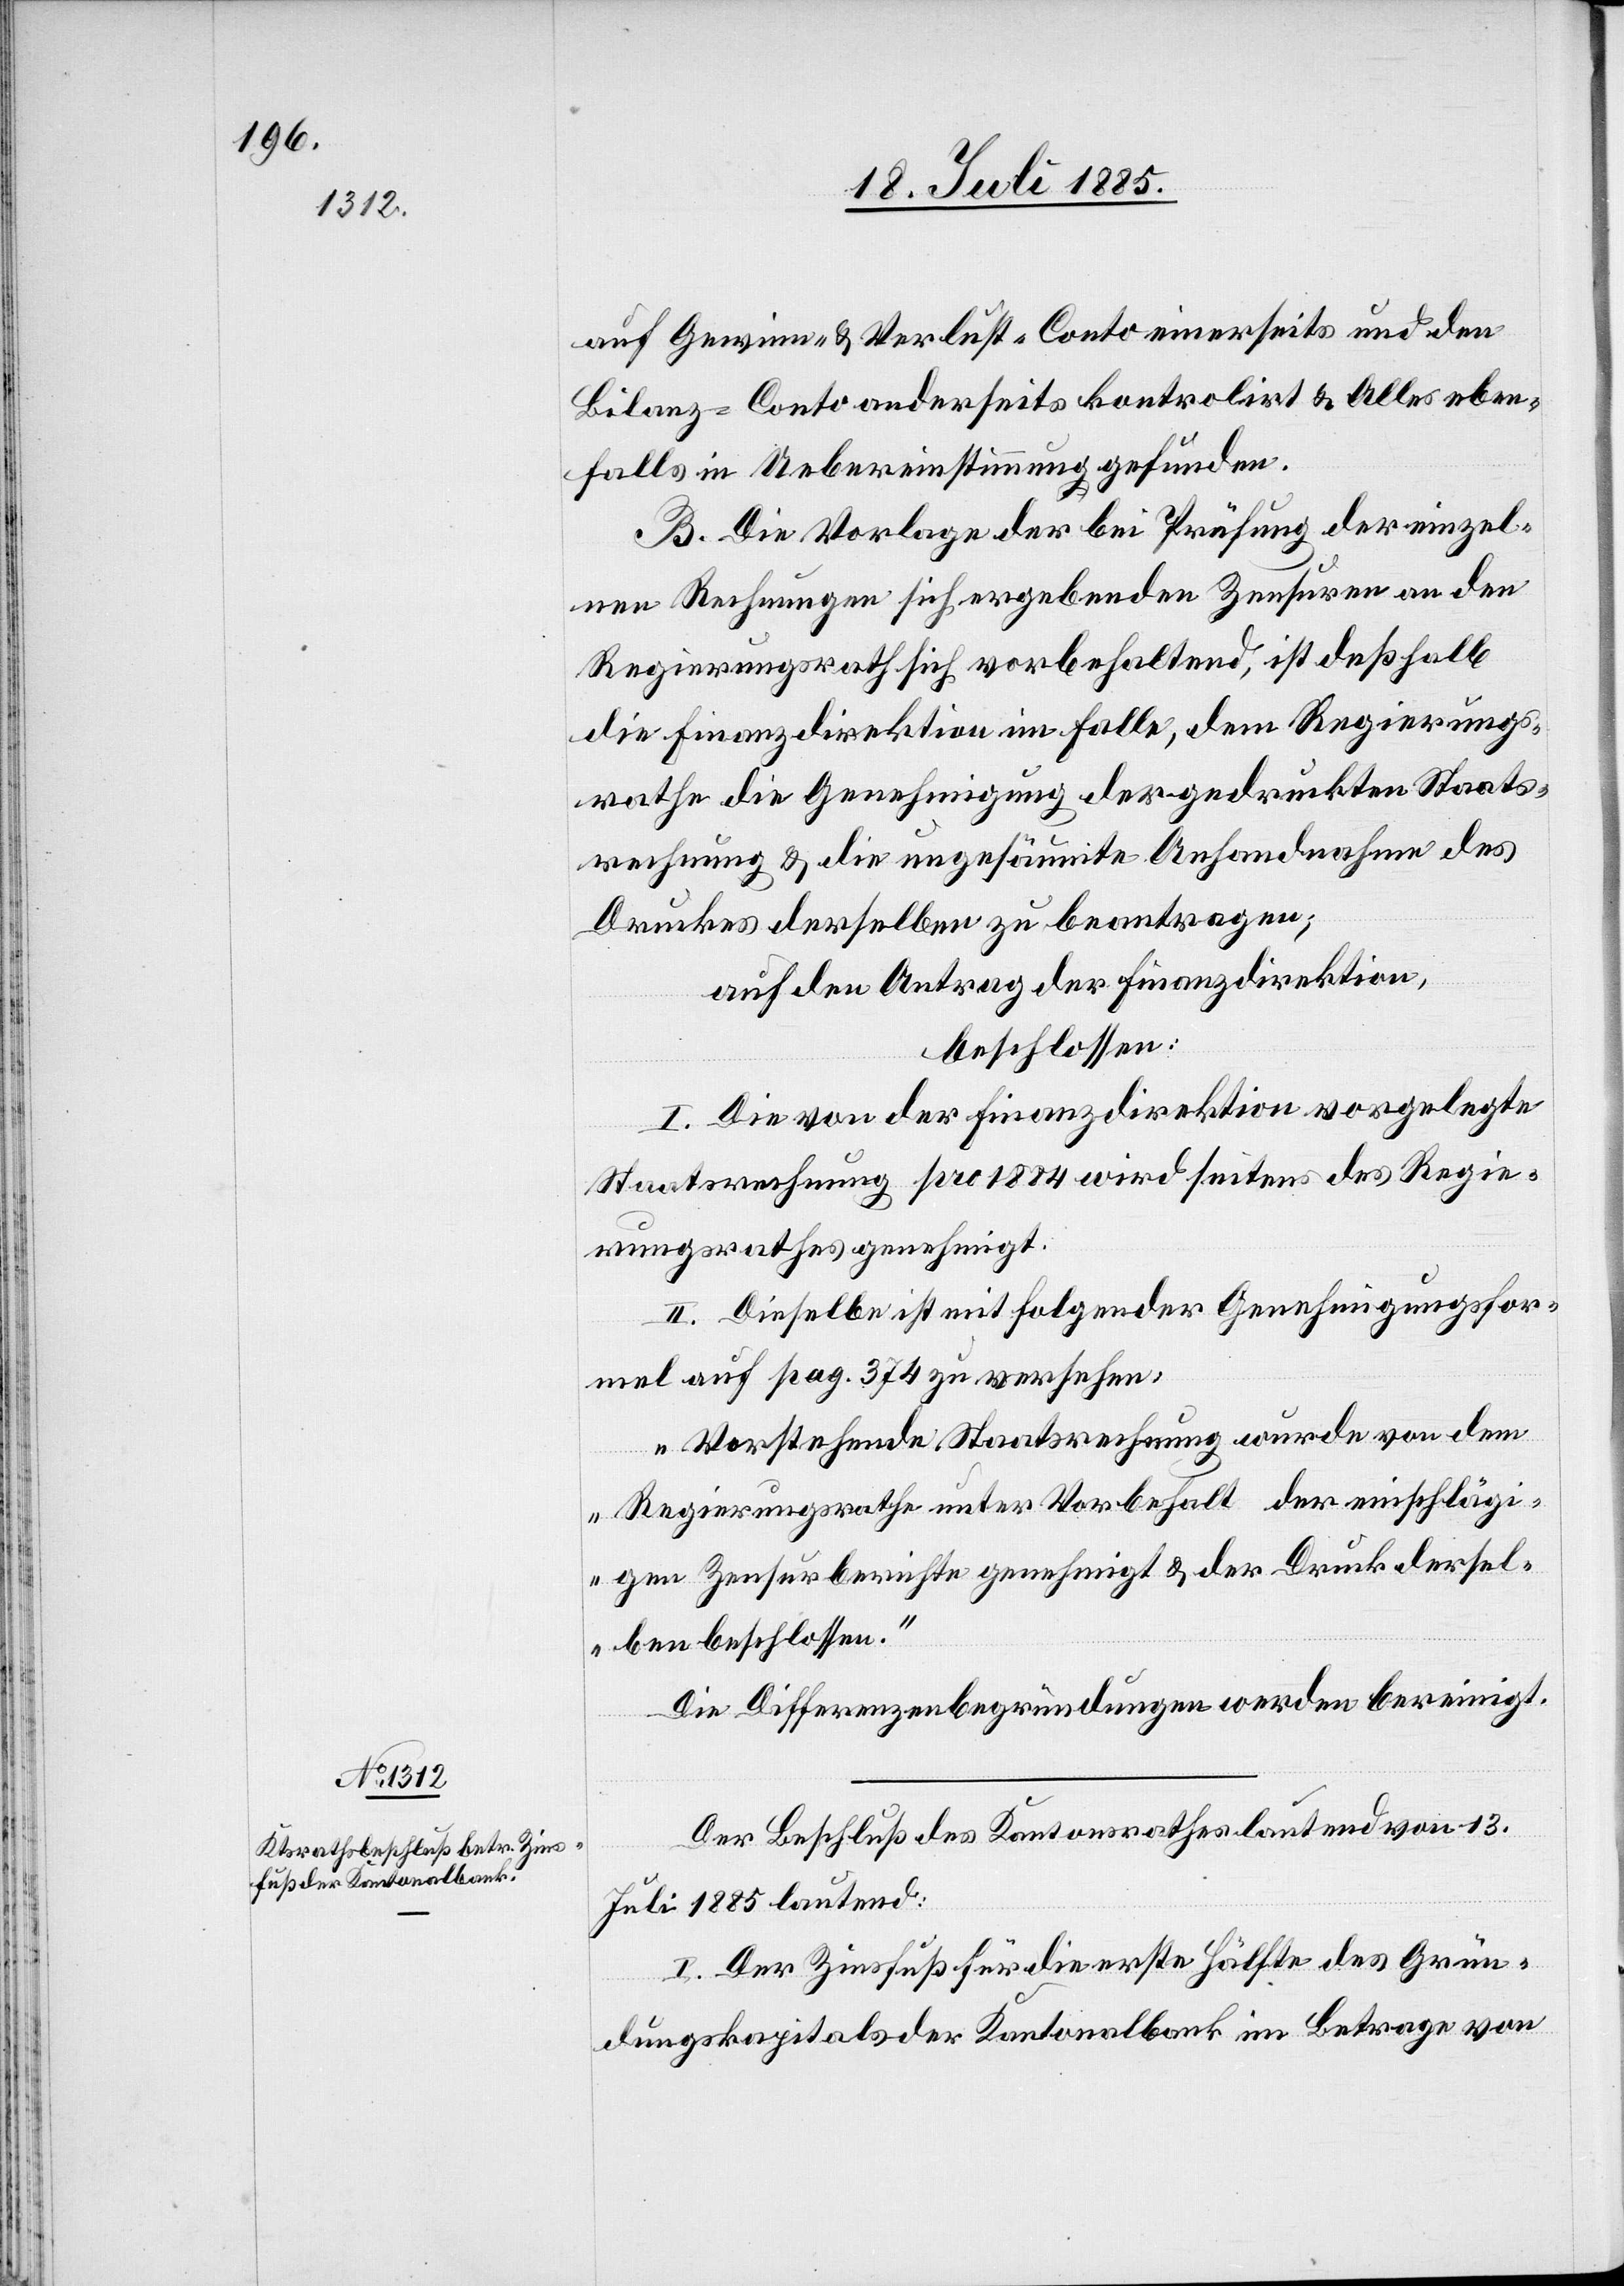
auf Gewinn- & Verlust-Conto einerseits und den
Bilanz-Conto anderseits kontrolirt & Alles eben¬
falls in Uebereinstimmung gefunden.
B. Die Vorlage der bei Prüfung der einzel¬
nen Rechnungen sich ergebenden Zensuren an den
Regierungsrath sich vorbehaltend, ist deßhalb
die Finanzdirektion im Falle, dem Regierungs¬
rathe die Genehmigung der gedruckten Staats¬
rechnung & die ungesäumte Anhandnahme des
Druckes derselben zu beantragen;
auf den Antrag der Finanzdirektion,
beschlossen:
I. Die von der Finanzdirektion vorgelegte
Staatsrechnung pro 1884 wird seitens des Regie¬
rungsrathes genehmigt.
II. Dieselbe ist mit folgender Genehmigungsfor¬
mel auf pag. 374 zu versehen:
„Vorstehende Staatsrechnung wurde von dem
Regierungsrathe unter Vorbehalt der einschlägi¬
gen Zensurberichte genehmigt & der Druck dersel¬
ben beschlossen.“
Die Differenzenbegründungen werden bereinigt.
Der Beschluß des Kantonsrathes lautend von 13.
Juli 1885 lautend
I. Der Zinsfuß für die erste Hälfte des Grün¬
dungskapitals der Kantonalbank im Betrage von